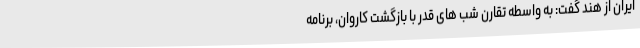
ایران از هند گفت: به واسطه تقارن شب های قدر با بازگشت کاروان، برنامه